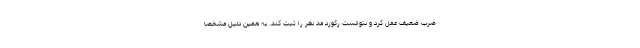
ضرب ضعیف عمل کرد و نتوانست رکورد مد نظر را ثبت کند. به همین دلیل مشخصا